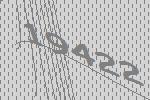
19422